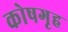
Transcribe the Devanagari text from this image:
कोषगृह